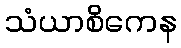
သံယာစိကေန